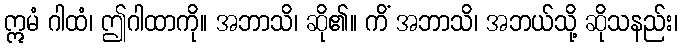
ဣမံ ဂါထံ၊ ဤဂါထာကို။ အဘာသိ၊ ဆို၏။ ကိံ အဘာသိ၊ အဘယ်သို့ ဆိုသနည်း၊